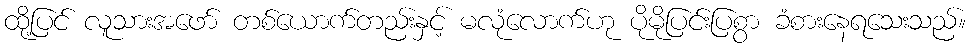
ထို့ပြင် လူသားအဖော် တစ်ယောက်တည်းနှင့် မလုံလောက်ဟု ပိုမိုပြင်းပြစွာ ခံစားနေရသေးသည်။